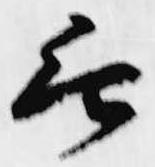
無